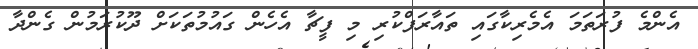
އެންމެ ފުރަތަމަ އެމެރިކާގައި ތައާރަފްކުރި މި ފީޗާ އެހެން ގައުމުތަކަށް ދޫކުރަމުން ގެންދާ